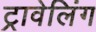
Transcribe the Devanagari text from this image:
ट्रावेलिंग